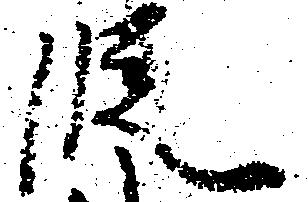
段